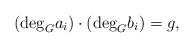
LaTeX: \begin{align*}(\mathrm{deg}_G a_i)\cdot (\mathrm{deg}_G b_i)=g,\end{align*}